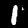
Digit: 1